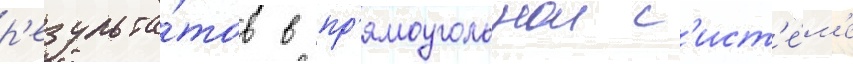
р'езульта́тов в пр'ямоугольнои с'ист'е́м'е